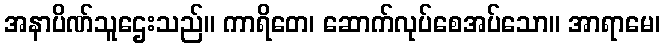
အနာပိဏ်သူဌေးသည်။ ကာရိတေ၊ ဆောက်လုပ်စေအပ်သော။ အာရာမေ၊